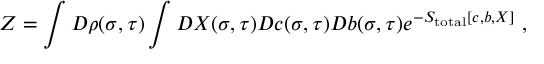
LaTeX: Z = \int { \cal D } \rho ( \sigma , \tau ) \int { \cal D } X ( \sigma , \tau ) { \cal D } c ( \sigma , \tau ) { \cal D } b ( \sigma , \tau ) e ^ { - { \cal S } _ { \mathrm { t o t a l } } [ c , b , X ] } ~ ,